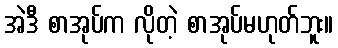
အဲဒီ စာအုပ်က လိုတဲ့ စာအုပ်မဟုတ်ဘူး။